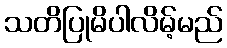
သတိပြုမိပါလိမ့်မည်